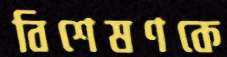
বিশেষণকে